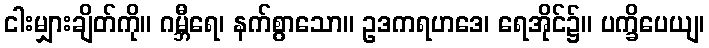
ငါးမျှားချိတ်ကို။ ဂမ္ဘီရေ၊ နက်စွာသော။ ဥဒကရဟဒေ၊ ရေအိုင်၌။ ပက္ခိပေယျ၊